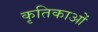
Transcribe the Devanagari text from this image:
कृतिकाओं